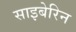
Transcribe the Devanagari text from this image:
साइबेरिन